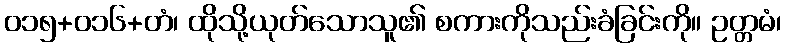
၀၁၅+၀၁၆+တံ၊ ထိုသို့ယုတ်သောသူ၏ စကားကိုသည်းခံခြင်းကို။ ဥတ္တမံ၊